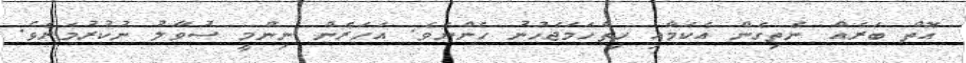
އޮތް ބަރެއް ނެތިގެން އެކަމާއި ހިތްހަމަޖެހުނު ހެންނެވެ. އަހަރެން ނިންމީ ސުވާލު ނުކުރުމަށެވެ.